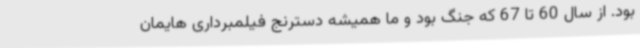
بود. از سال 60 تا 67 که جنگ بود و ما همیشه دسترنج فیلمبرداری هایمان